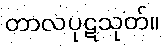
တာလပုဋသုတ်။